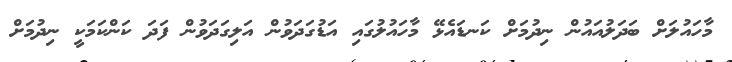
މާހައުލަށް ބަދަލުއައުން ނިދުމަށް ކަނޑައެޅޭ މާހައުލުގައި އަޑުގަދަވުން އަލިގަދަވުން ފަދަ ކަންކަމަކީ ނިދުމަށް